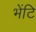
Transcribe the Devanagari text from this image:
भेंटि